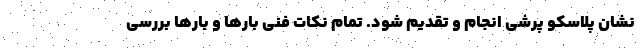
نشان پلاسکو پرشی انجام و تقدیم شود. تمام نکات فنی بارها و بارها بررسی